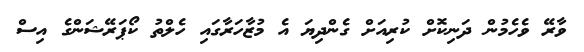
ވާރޭ ވެހެމުން ދަނިކޮށް ކުރިއަށް ގެންދިޔަ އެ މުޒާހަރާގައި ހެލްތު ކޯޕަރޭޝަންގެ އިސް